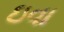
ઇવા